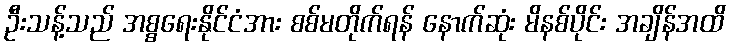
ဦးသန့်သည် အစ္စရေးနိုင်ငံအား စစ်မတိုက်ရန် နောက်ဆုံး မိနစ်ပိုင်း အချိန်အထိ